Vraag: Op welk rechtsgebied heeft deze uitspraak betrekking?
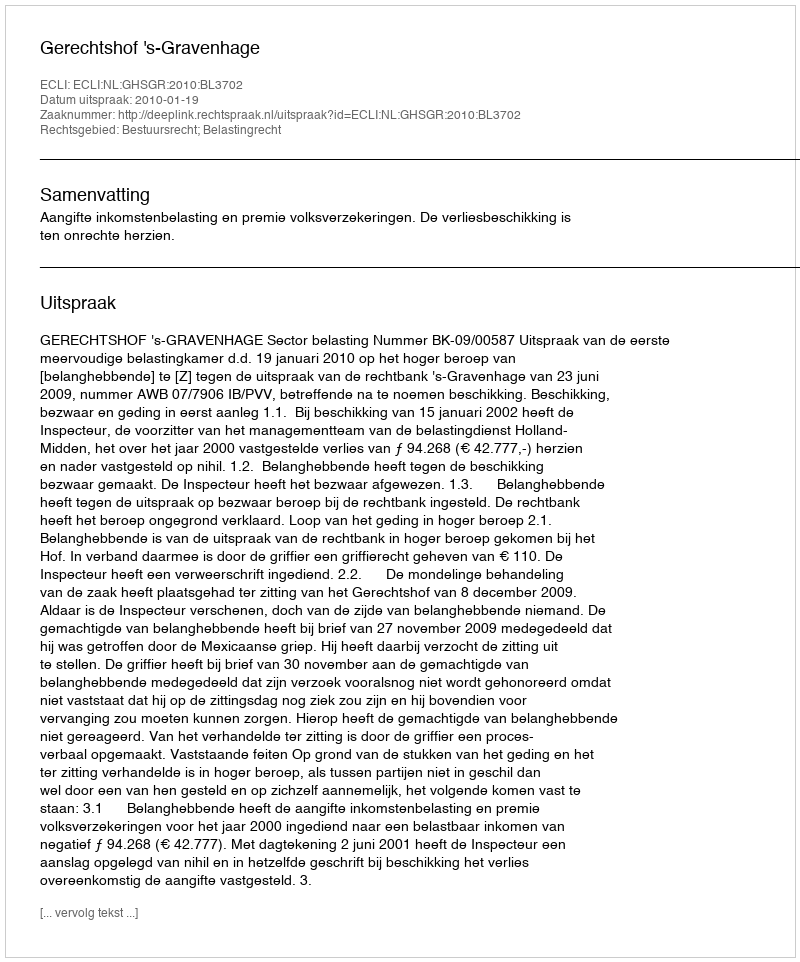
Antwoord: Bestuursrecht; Belastingrecht